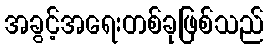
အခွင့်အရေးတစ်ခုဖြစ်သည်